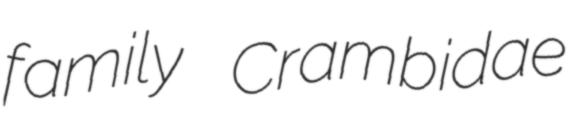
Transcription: family Crambidae